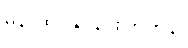
ဓုနာထ၊ နှိပ်နင်းကြကုန်။